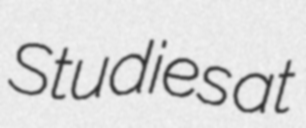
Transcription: Studies at